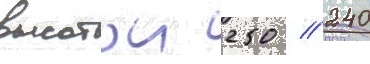
высотои 250 / 240